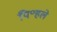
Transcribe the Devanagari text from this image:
पि॰हले